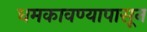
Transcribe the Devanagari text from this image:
धमकावण्यापासून